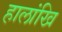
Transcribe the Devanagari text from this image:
हालांखि